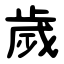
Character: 歲